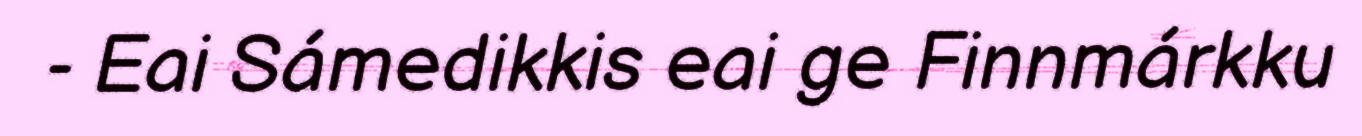
- Eai Sámedikkis eai ge Finnmárkku